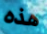
هذه